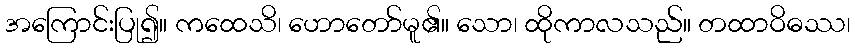
အကြောင်းပြု၍။ ကထေသိ၊ ဟောတော်မူ၏။ သော၊ ထိုကာလသည်။ တထာဝိဓဿ၊